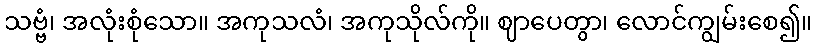
သဗ္ဗံ၊ အလုံးစုံသော။ အကုသလံ၊ အကုသိုလ်ကို။ ဈာပေတွာ၊ လောင်ကျွမ်းစေ၍။